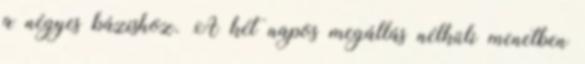
a négyes bázishoz. A két napos megállás nélküli menetben